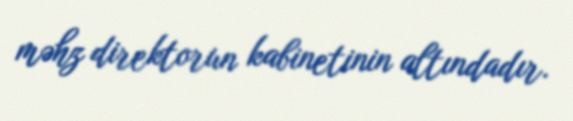
məhz direktorun kabinetinin altındadır.